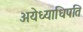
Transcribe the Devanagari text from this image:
अयेध्याधिपति